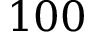
1 0 0